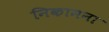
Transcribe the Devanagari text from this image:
निकामना